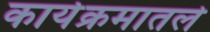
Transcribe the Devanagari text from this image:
कार्यक्रमातले